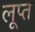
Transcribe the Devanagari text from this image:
लूप्त